Annual administration report of the Civil Veterinary Department of India - 1898-1899
Year: 1898
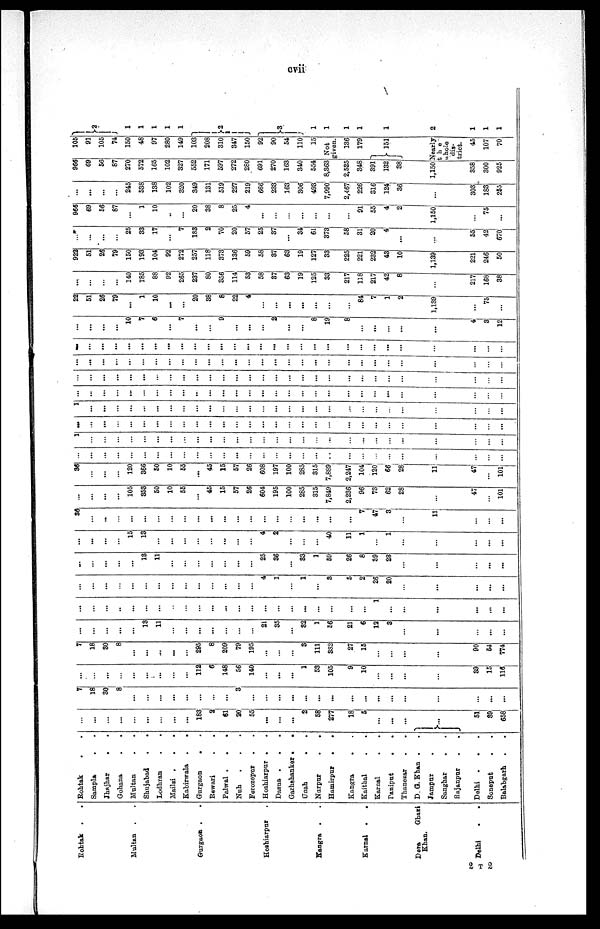
cvii
Rohtak
. .
Multan . .
Gurgaon . .
Hoshiarpur .
Hangra
. .
Karnal
.
.
Dera
Ghazi
Khan.
Delhi . .
Rohtak
. .
Sampla . .
Jhajhar . .
Gohana
.
.
Multan . .
Shujabad . .
Lodhran . .
Mailsi .
.
.
Kabirwala
.
.
Gurgaon . .
Rewari
.
.
Palwal . . .
Nuh . . .
Ferozepur . .
Hoshiarpur . .
Dasua .
.
.
Garhshanker
.
.
Unah
. .
Narpur
.
.
Hamirpur
.
.
Kangra . .
Kaithal
.
.
Karnal
.
.
Paniput
.
.
Thanesar . .
D. G. Khan . .
Jampur .
Sanghar . .
Rajanpur . .
Delhi
. . .
Soneput . .
Balsbgarh . .
...
...
...
...
...
...
...
...
...
183
2
61
20
55
...
...
...
2
58
277
18
5
...
...
...
...
51
89
658
7
18
30
8
...
...
...
...
...
...
...
...
3
...
...
...
...
...
...
...
...
...
...
...
...
...
...
...
...
...
...
...
...
...
...
...
...
...
112
6
148
56
140
...
...
...
1
53
105
9
10
...
...
...
...
39
15
116
7
18
30
8
...
...
...
...
...
295
8
209
79
195
...
...
...
3
111
382
27
15
...
...
...
...
90
64
774
...
...
...
...
...
13
11
...
...
...
...
...
...
...
21
35
...
32
1
56
21
6
12
3
...
...
...
...
...
...
...
...
..
...
...
...
...
...
...
...
...
...
...
...
...
...
...
...
...
...
...
1
...
...
...
...
...
...
...
...
...
...
...
...
...
...
...
...
...
...
...
...
4
1
...
1
...
8
5
2
26
20
...
...
...
...
...
...
...
...
...
...
13
11
...
...
...
...
...
...
...
25
36
...
33
1
59
26
8
89
28
...
...
...
...
...
...
...
...
...
15
13
...
...
...
...
...
...
...
...
4
2
...
...
...
40
11
1
...
1
...
...
...
...
...
36
...
...
...
...
...
...
...
...
...
...
...
...
...
...
...
...
...
...
...
...
7
47
3
...
11
...
...
...
...
...
...
...
105
353
50
10
55
...
45
15
57
26
604
195
100
285
315
7,849
2,236
96
73
62
28
...
47
...
101
36
...
...
...
120
366
50
10
55
...
45
15
57
26
608
197
100
285
315
7,889
2,247
104
120
66
28
11
47
...
101
...
...
...
...
...
...
...
...
...
...
...
...
...
...
...
...
...
...
...
...
...
...
...
...
...
3
...
...
...
...
...
...
...
...
...
...
...
...
...
...
...
...
...
...
...
...
...
...
...
...
...
...
...
...
...
...
...
...
...
...
...
...
...
...
...
...
...
...
...
...
...
...
...
...
...
...
...
...
...
...
...
1
...
...
...
...
...
...
...
...
...
...
...
...
...
...
...
...
...
...
...
...
...
...
...
...
...
...
...
...
...
...
...
...
...
...
...
...
..
...
...
...
...
...
...
...
...
...
...
...
...
...
...
...
...
...
...
...
...
...
...
...
...
...
...
...
...
...
...
...
...
...
...
...
...
...
...
...
...
...
...
...
...
...
...
...
...
...
...
...
...
...
...
...
...
...
...
...
...
...
...
...
...
...
...
...
...
...
...
...
...
...
...
...
...
...
...
...
...
...
...
...
...
...
...
...
...
...
...
...
...
...
...
...
...
...
...
...
...
...
...
...
...
...
...
10
7
6
...
7
...
...
9
...
...
...
2
...
...
8
19
8
...
...
...
...
...
4
3
12
22
51
26
79
...
1
10
...
...
20
38
8
22
4
...
...
...
...
...
...
...
84
7
1
2
1,139
...
75
...
...
...
...
...
140
185
88
92
265
237
80
356
114
53
58
37
63
19
125
33
217
118
217
42
8
...
217
168
38
922
51
26
79
150
193
104
92
272
257
118
373
136
59
58
37
63
19
127
33
225
221
232
43
10
1,139
221
246
50
...
...
...
...
25
33
17
...
7
183
2
70
20
57
25
37
...
34
61
373
58
31
20
4
...
...
55
42
670
966
69
56
87
...
1
10
..
...
20
38
8
25
4
...
...
...
...
...
...
...
91
55
4
2
1,150
...
75
...
...
...
...
...
245
538
138
102
320
349
131
519
227
219
666
233
163
306
493
7,990
2,467
226
316
124
36
...
303
183
255
966
69
56
87
270
572
165
102
327
552
171
597
272
280
691
270
163
340
554
8,363
2,525
348
391
132
38
1,150
358
300
925
105
91
105
74
150
48
97
280
149
103
208
310
347
150
92
90
54
110
15
Not
given.
136
179
151
Nearly
the
whole
dis-
trict.
45
107
70
2
l
1
1
1
1
2
3
1
1
1
1
1
2
1
1
1
2 T 2